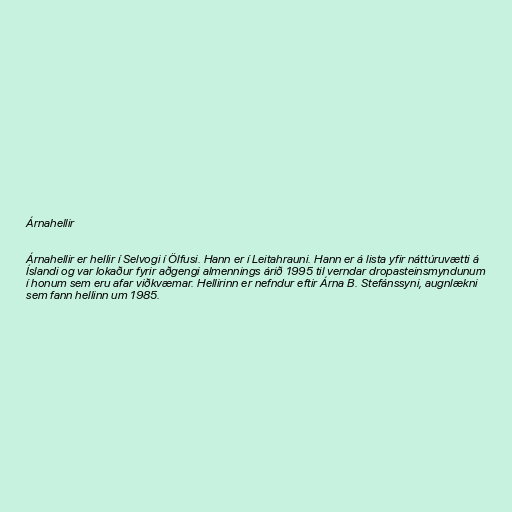
Árnahellir

Árnahellir er hellir í Selvogi í Ölfusi. Hann er í Leitahrauni. Hann er á lista yfir náttúruvætti á
Íslandi og var lokaður fyrir aðgengi almennings árið 1995 til verndar dropasteinsmyndunum
í honum sem eru afar viðkvæmar. Hellirinn er nefndur eftir Árna B. Stefánssyni, augnlækni
sem fann hellinn um 1985.